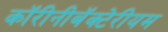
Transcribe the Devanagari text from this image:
कॉरीनीबॅक्टेरीयम